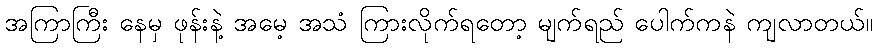
အကြာကြီး နေမှ ဖုန်းနဲ့ အမေ့ အသံ ကြားလိုက်ရတော့ မျက်ရည် ပေါက်ကနဲ ကျလာတယ်။